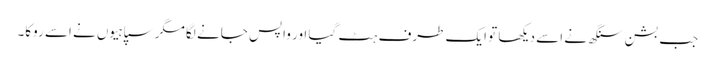
جب بشن سنگھ نے اسے دیکھا تو ایک طرف ہٹ گیا اور واپس جانے لگا مگر سپاہیوں نے اسے روکا۔